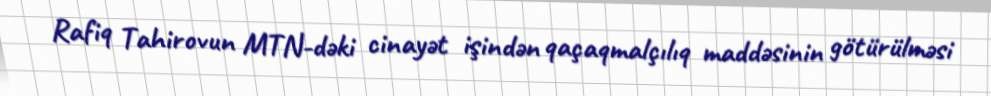
Rafiq Tahirovun MTN-dəki cinayət işindən qaçaqmalçılıq maddəsinin götürülməsi